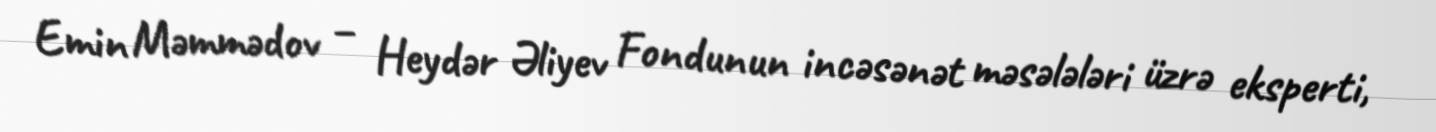
Emin Məmmədov – Heydər Əliyev Fondunun incəsənət məsələləri üzrə eksperti,